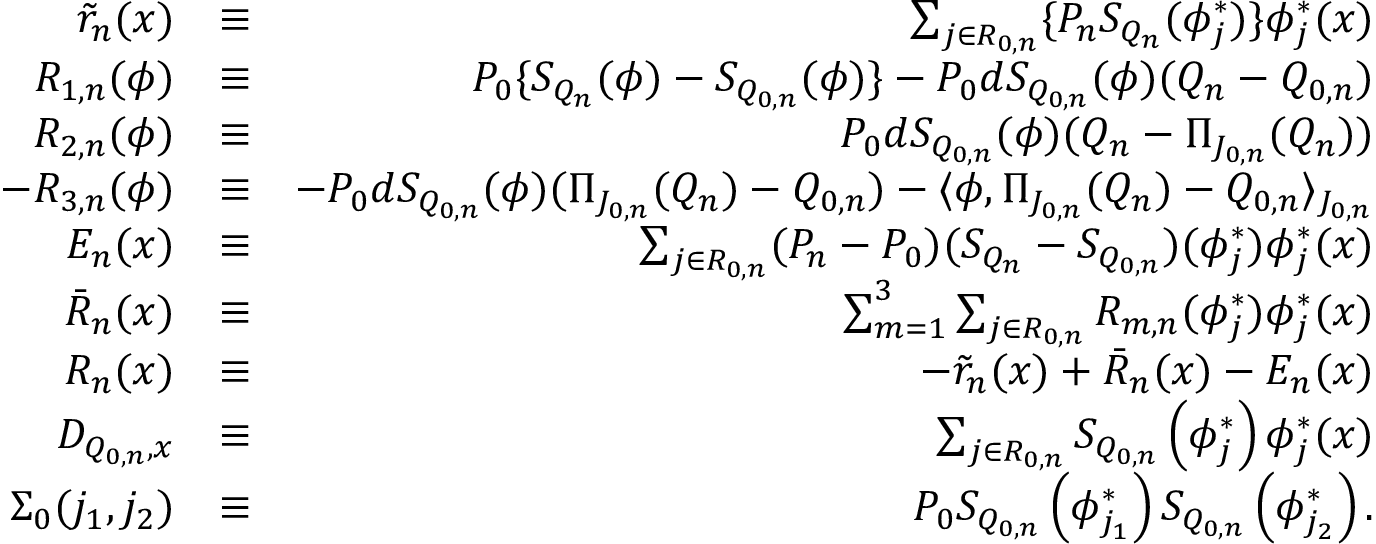
\begin{array} { r l r } { \tilde { r } _ { n } ( x ) } & { \equiv } & { \sum _ { j \in { \cal R } _ { 0 , n } } \{ P _ { n } S _ { Q _ { n } } ( \phi _ { j } ^ { * } ) \} \phi _ { j } ^ { * } ( x ) } \\ { R _ { 1 , n } ( \phi ) } & { \equiv } & { P _ { 0 } \{ S _ { Q _ { n } } ( \phi ) - S _ { Q _ { 0 , n } } ( \phi ) \} - P _ { 0 } d S _ { Q _ { 0 , n } } ( \phi ) ( Q _ { n } - Q _ { 0 , n } ) } \\ { R _ { 2 , n } ( \phi ) } & { \equiv } & { P _ { 0 } d S _ { Q _ { 0 , n } } ( \phi ) ( Q _ { n } - \Pi _ { J _ { 0 , n } } ( Q _ { n } ) ) } \\ { - R _ { 3 , n } ( \phi ) } & { \equiv } & { - P _ { 0 } d S _ { Q _ { 0 , n } } ( \phi ) ( \Pi _ { J _ { 0 , n } } ( Q _ { n } ) - Q _ { 0 , n } ) - \langle \phi , \Pi _ { J _ { 0 , n } } ( Q _ { n } ) - Q _ { 0 , n } \rangle _ { J _ { 0 , n } } } \\ { E _ { n } ( x ) } & { \equiv } & { \sum _ { j \in { \cal R } _ { 0 , n } } ( P _ { n } - P _ { 0 } ) ( S _ { Q _ { n } } - S _ { Q _ { 0 , n } } ) ( { \phi } _ { j } ^ { * } ) \phi _ { j } ^ { * } ( x ) } \\ { \bar { R } _ { n } ( x ) } & { \equiv } & { \sum _ { m = 1 } ^ { 3 } \sum _ { j \in { \cal R } _ { 0 , n } } R _ { m , n } ( \phi _ { j } ^ { * } ) \phi _ { j } ^ { * } ( x ) } \\ { R _ { n } ( x ) } & { \equiv } & { - \tilde { r } _ { n } ( x ) + \bar { R } _ { n } ( x ) - E _ { n } ( x ) } \\ { D _ { Q _ { 0 , n } , x } } & { \equiv } & { \sum _ { j \in { \cal R } _ { 0 , n } } S _ { Q _ { 0 , n } } \left( { \phi } _ { j } ^ { * } \right) \phi _ { j } ^ { * } ( x ) } \\ { \Sigma _ { 0 } ( j _ { 1 } , j _ { 2 } ) } & { \equiv } & { P _ { 0 } S _ { Q _ { 0 , n } } \left( { \phi } _ { j _ { 1 } } ^ { * } \right) S _ { Q _ { 0 , n } } \left( { \phi } _ { j _ { 2 } } ^ { * } \right) . } \end{array}